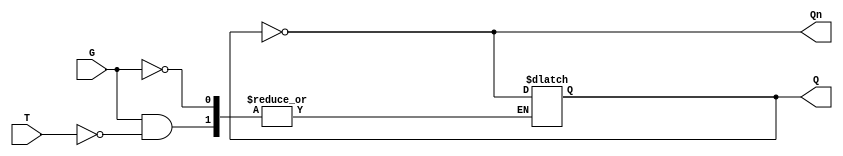
module gated_t_latch (
    input wire G,      // Gate input
    input wire T,      // Toggle input
    output reg Q,      // Output
    output wire Qn     // Complement Output
);

    // Complement output
    assign Qn = ~Q;

    // Always block to implement the behavior of the gated T latch
    always @(G or T) begin
        if (G) begin
            if (T) begin
                Q <= ~Q;  // Toggle the output if G is high and T is high
            end
            // If T is low, Q remains unchanged
        end
        // If G is low, Q remains unchanged as well
    end

    // Initial state of the latch
    initial begin
        Q = 0;  // Initial state of Q can be set to 0 or 1 as required
    end

endmodule